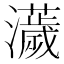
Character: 𤃴